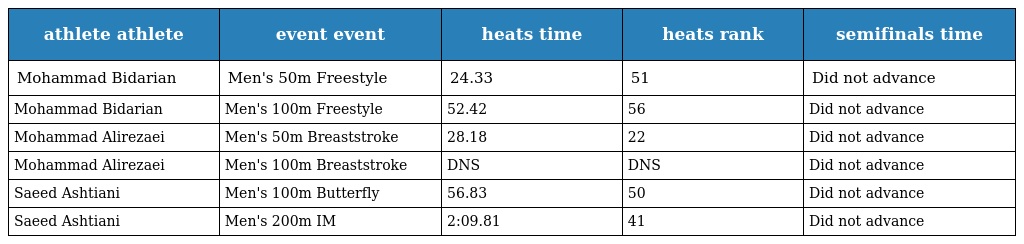
| athlete athlete | event event | heats time | heats rank | semifinals time |
 | --- | --- | --- | --- | --- |
 | Mohammad Bidarian | Men's 50m Freestyle | 24.33 | 51 | Did not advance |
 | Mohammad Bidarian | Men's 100m Freestyle | 52.42 | 56 | Did not advance |
 | Mohammad Alirezaei | Men's 50m Breaststroke | 28.18 | 22 | Did not advance |
 | Mohammad Alirezaei | Men's 100m Breaststroke | DNS | DNS | Did not advance |
 | Saeed Ashtiani | Men's 100m Butterfly | 56.83 | 50 | Did not advance |
 | Saeed Ashtiani | Men's 200m IM | 2:09.81 | 41 | Did not advance |